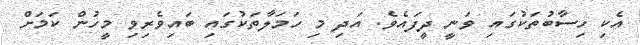
އެކި ހިސާބުތަކުގައި ވަނީ ދީފައެވެ. އަދި މި ހަމަލާތަކުގައި ބައިވެރިވި މީހުން ކަމަށް